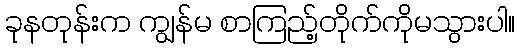
ခုနတုန်းက ကျွန်မ စာကြည့်တိုက်ကိုမသွားပါ။